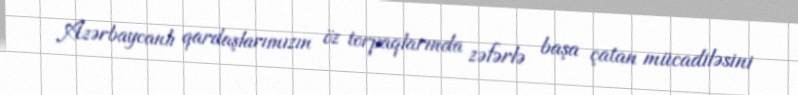
Azərbaycanlı qardaşlarımızın öz torpaqlarında zəfərlə başa çatan mücadiləsini